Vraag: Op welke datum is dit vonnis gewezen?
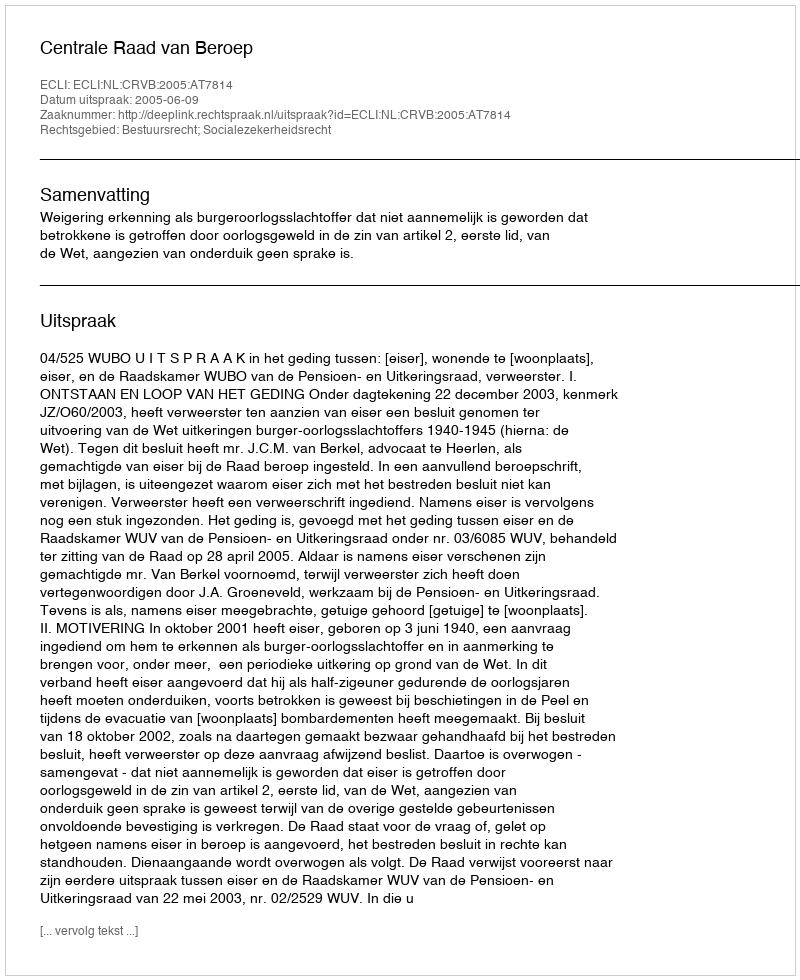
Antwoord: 2005-06-09